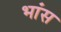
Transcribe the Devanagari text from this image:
भांस